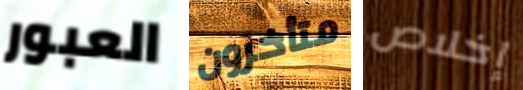
العبور متأخرون إخلاص